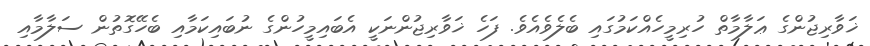
ޚަވާރިޖުންގެ ޢަލާމާތް ހުރިމީހެއްކަމުގައި ބެލެވެއެވެ. ފަހެ ޚަވާރިޖުންނަކީ އެބައިމީހުންގެ ނުބައިކަމާއި ބެހޭގޮތުން ސަލާމާއި